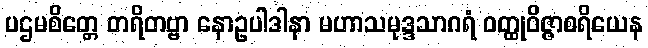
ပဌမစိတ္တေ တရိတဗ္ဗာ နောဥပါဒါနာ မဟာသမုဒ္ဒသာဂရံ ဝတ္ထုဝိဇ္ဇာစရိယေန